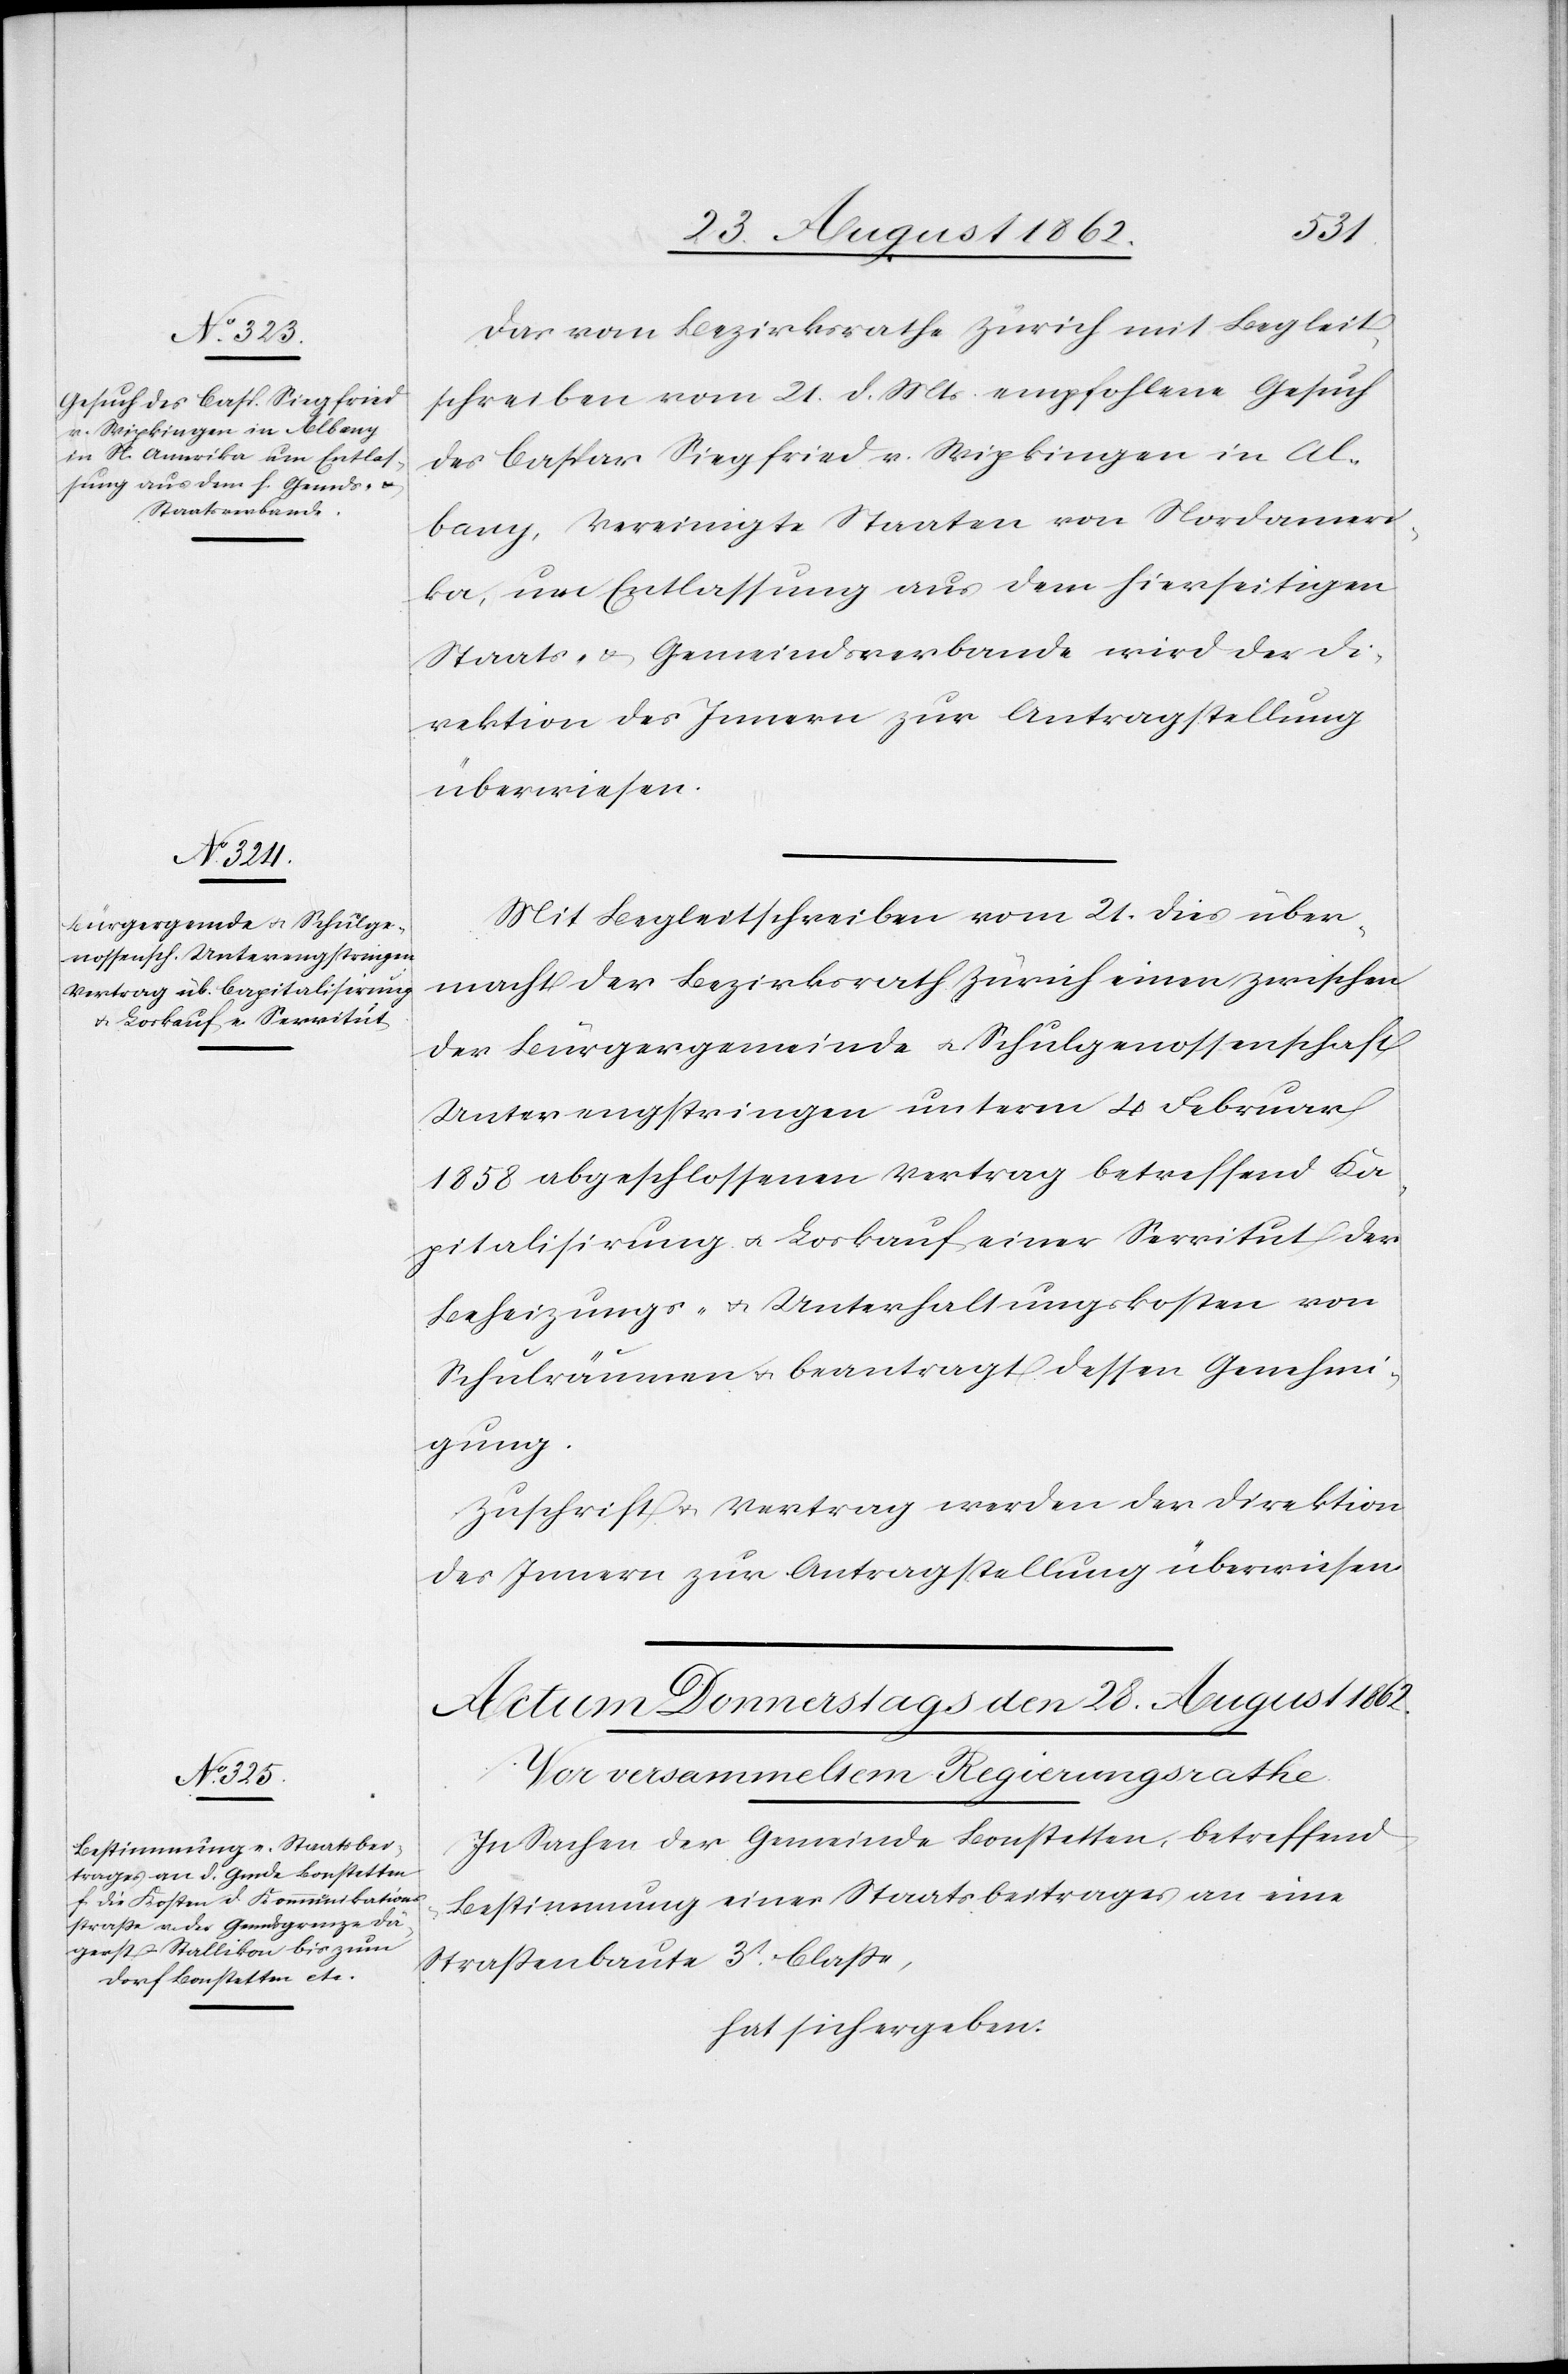
27. August 1862.]
Das vom Bezirksrathe Zürich mit Begleit¬
schreiben vom 21. d. Mts. empfohlene Gesuch
des Caspar Siegried v. Wipkingen in Al¬
bany, Vereinigte Staaten von Nordameri¬
ka, um Entlassung aus dem hierseitigen
Staats- u. Gemeindsverbande wird der Di¬
rektion des Innern zur Antragstellung
überwiesen.
Mit Begleitschreiben vom 21. dies über¬
macht der Bezirksrath Zürich einen zwischen
der Bürgergemeinde u. Schulgenossenschaft
Unterengstringen unterm 4. Februar
1858 abgeschlossenen Vertrag betreffend Ka¬
pitalisirung u. Loskauf einer Servitut der
Beheizungs- u. Unterhaltungskosten von
Schulräumen u. beantragt dessen Genehmi¬
gung.
Zuschrift u. Vertrag werden der Direktion
des Innern zur Antragstellung überwiesen.
In Sachen der Gemeinde Bonstetten, betreffend
Bestimmung eines Staatsbeitrages an eine
Straßenbaute 3t Classe,
hat sich ergeben: